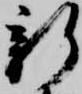
新